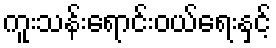
ကူးသန်းရောင်းဝယ်ရေးနှင့်